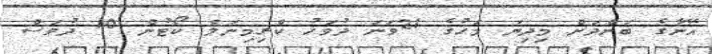
އޭނާގެ ބަންދަށް މިދިޔަ މަހުގެ 21ވަނަ ދުވަހު ކްރިމިނަލް ކޯޓުން 10 ދުވަސް